Annual statistical returns and brief notes on vaccination in Bengal - 1896-1909
Year: 1896
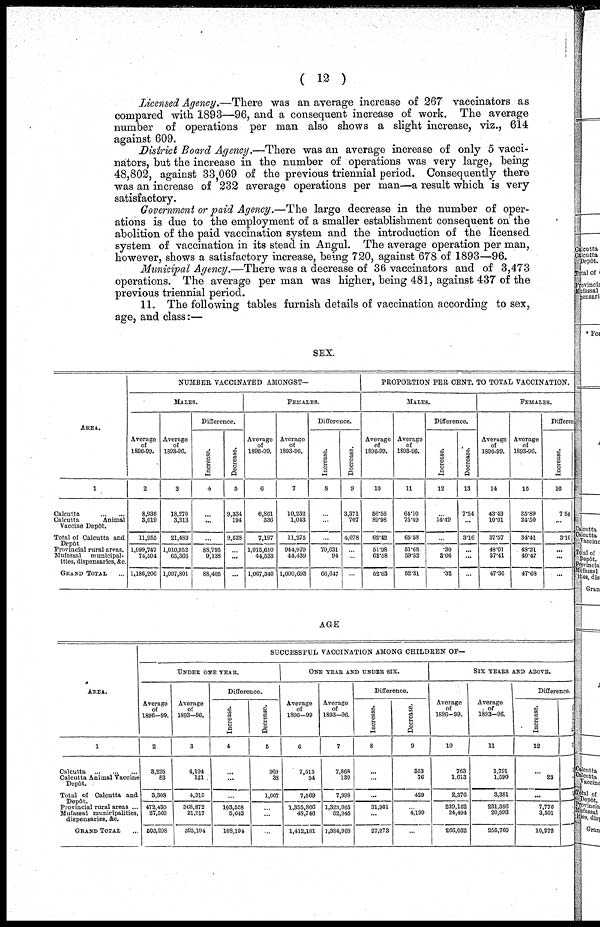
( 12 )
Licensed Agency.—There was an average increase of 267 vaccinators as
compared with 1893—96, and a consequent increase of work. The average
number of operations per man also shows a slight increase, viz., 614
against 609.
District Board Agency.—There was an average increase of only 5 vacci-
nators, but the increase in the number of operations was very large, being
48,802, against 33,069 of the previous triennial period. Consequently there
was an increase of 232 average operations per man—a result which is very
satisfactory.
Government or paid Agency.—The large decrease in the number of oper-
ations is due to the employment of a smaller establishment consequent on the
abolition of the paid vaccination system and the introduction of the licensed
system of vaccination in its stead in Angul. The average operation per man,
however, shows a satisfactory increase, being 720, against 678 of 1893—96.
Municipal Agency.—There was a decrease of 36 vaccinators and of 3,473
operations. The average per man was higher, being 481, against 437 of the
previous triennial period.
11. The following tables furnish details of vaccination according to sex,
age, and class:—
SEX.
AREA.
1
Calcutta...
...
...
Calcutta
Animal
Vaccine Depôt.
Total of Calcutta and
Depôt... ... ...
Provincial rural areas.
Mufassal
municipal-
ities, dispensaries, &c.
GRAND TOTAL... ...
NUMBER VACCINATED AMONGST—
MALES.
Average
of
1896-99.
2
8,936
3,019
11,955
1,099,747
74,504
1,186,206
Average
of
1893-96.
3
18,270
3,213
21,433
1,010,952
65,366
1,097,801
Difference.
Increase.
4
...
...
...
88,795
9,138
88,405
Decrease.
5
9,334
194
9,528
...
...
...
FEMALES.
Average
of
1896-99.
6
6,861
336
7,197
1,015,610
44,533
1,067,340
Average
of
1893-96.
7
10,232
1,043
11,275
944,979
44,439
1,000,693
Difference.
Increase.
8
...
...
...
70,631
94
66,617
Decrease.
9
3,371
707
4,078
...
...
...
PROPORTION PER CENT. TO TOTAL VACCINATION.
MALES.
Average
of
1896-99.
10
56.56
89.98
62.42
51.98
62.58
52.63
Average
of
1893-96.
11
64.10
75.49
65.58
51.68
59.52
52.31
Difference.
Increase.
12
...
14.49
...
.30
3.06
.32
Decrease.
13
7.54
...
3.16
...
...
...
FEMALES.
Average
of
1896-99.
14
43.43
10.01
37.57
48.01
37.41
47.36
Average
of
1893-96.
15
35.89
24.50
34.41
48.31
40.47
47.63
Differe
Increase.
16
7.54
...
3.16
...
...
...
AGE
AREA.
1
Calcutta
...
...
...
Calcutta Animal Vaccine
Depôt.... ...
Total of Calcutta and3
Depôt... ...
Provincial rural areas ...
Mufassal municipalities,
dispensaries, &c.
GRAND TOTAL...
SUCCESSFUL VACCINATION AMONG CHILDREN OF—
UNDER ONE YEAR.
Average
of
1896-99.
2
3,225
83
3,308
472,430
27,560
503,298
Average
of
1893-96.
3
4,194
121
4,315
368,872
21,917
395,104
Difference.
Increase.
4
...
...
...
103,558
5,043
108,194
Decrease.
5
969
38
1,007
...
...
...
ONE YEAR AND UNDER SIX.
Average
of
1896-99
6
7,515
54
7,569
1,355,866
48,746
1,412,181
Average
of
1893-96.
7
7,868
130
7,998
1,323,965
52,945
1,384,908
Difference.
Increase.
8
...
...
...
31,901
...
27,273
Decrease.
9
353
76
429
...
4,199
...
SIX YEARS AND ABOVE.
Average
of
1896-99.
10
763
1,613
2,376
239,162
24,494
266,032
Average
of
1893-96.
11
1,791
1,590
3,381
231,386
20,993
255,760
Difference.
Increase.
12
...
23
...
7,776
3,501
10,272